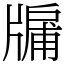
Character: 牖